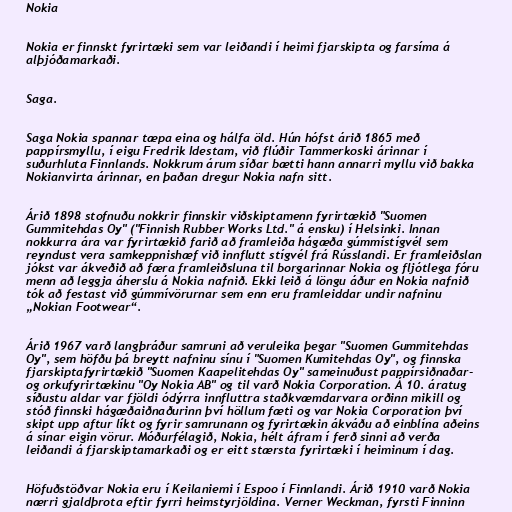
Nokia

Nokia er finnskt fyrirtæki sem var leiðandi í heimi fjarskipta og farsíma á
alþjóðamarkaði.

Saga.

Saga Nokia spannar tæpa eina og hálfa öld. Hún hófst árið 1865 með
pappírsmyllu, í eigu Fredrik Idestam, við flúðir Tammerkoski árinnar í
suðurhluta Finnlands. Nokkrum árum síðar bætti hann annarri myllu við bakka
Nokianvirta árinnar, en þaðan dregur Nokia nafn sitt.

Árið 1898 stofnuðu nokkrir finnskir viðskiptamenn fyrirtækið "Suomen
Gummitehdas Oy" ("Finnish Rubber Works Ltd." á ensku) í Helsinki. Innan
nokkurra ára var fyrirtækið farið að framleiða hágæða gúmmístígvél sem
reyndust vera samkeppnishæf við innflutt stígvél frá Rússlandi. Er framleiðslan
jókst var ákveðið að færa framleiðsluna til borgarinnar Nokia og fljótlega fóru
menn að leggja áherslu á Nokia nafnið. Ekki leið á löngu áður en Nokia nafnið
tók að festast við gúmmívörurnar sem enn eru framleiddar undir nafninu
„Nokian Footwear“.

Árið 1967 varð langþráður samruni að veruleika þegar "Suomen Gummitehdas
Oy", sem höfðu þá breytt nafninu sínu í "Suomen Kumitehdas Oy", og finnska
fjarskiptafyrirtækið "Suomen Kaapelitehdas Oy" sameinuðust pappírsiðnaðar-
og orkufyrirtækinu "Oy Nokia AB" og til varð Nokia Corporation. Á 10. áratug
síðustu aldar var fjöldi ódýrra innfluttra staðkvæmdarvara orðinn mikill og
stóð finnski hágæðaiðnaðurinn því höllum fæti og var Nokia Corporation því
skipt upp aftur líkt og fyrir samrunann og fyrirtækin ákváðu að einblína aðeins
á sínar eigin vörur. Móðurfélagið, Nokia, hélt áfram í ferð sinni að verða
leiðandi á fjarskiptamarkaði og er eitt stærsta fyrirtæki í heiminum í dag.

Höfuðstöðvar Nokia eru í Keilaniemi í Espoo í Finnlandi. Árið 1910 varð Nokia
nærri gjaldþrota eftir fyrri heimstyrjöldina. Verner Weckman, fyrsti Finninn